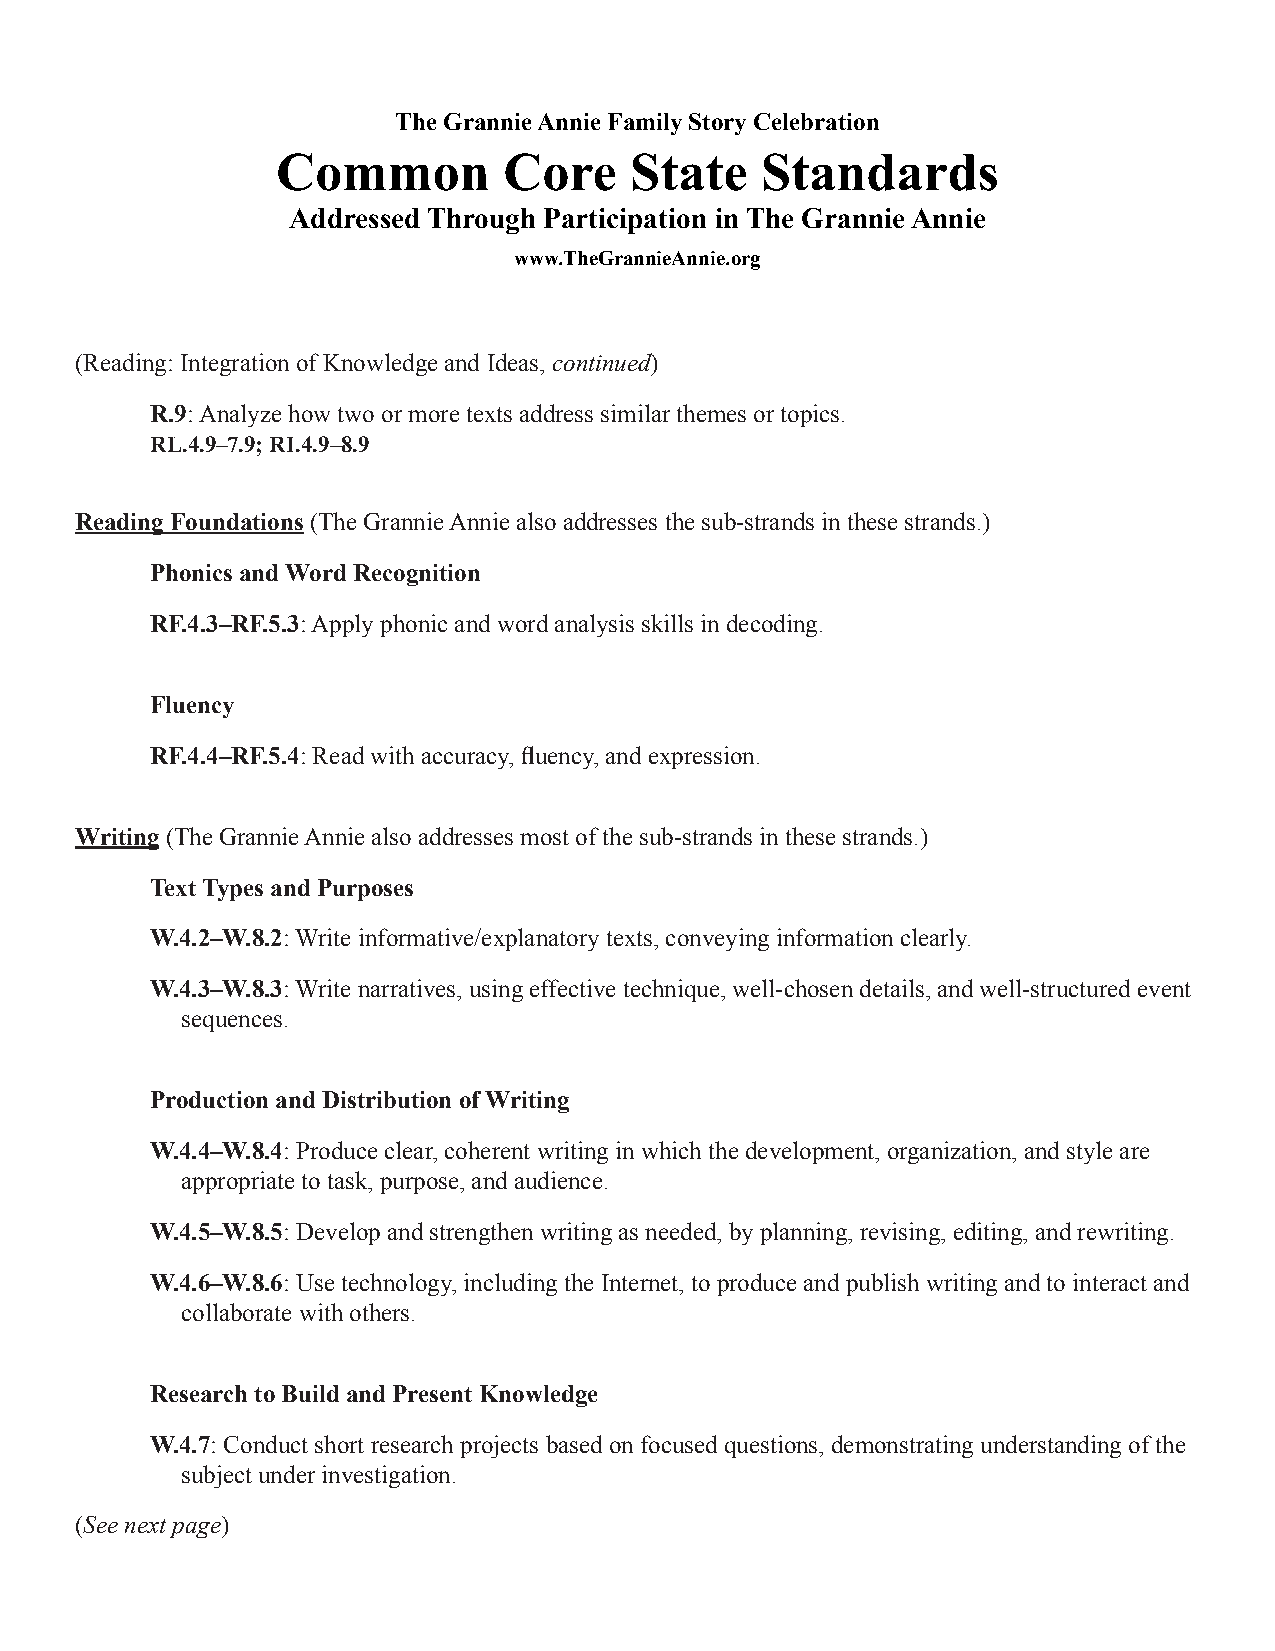
The Grannie Annie Family Story Celebration
 Common         Core     State   Standards
 Addressed Through Participation in The Grannie Annie
 www.TheGrannieAnnie.org
 (Reading: Integration of Knowledge and Ideas, continued)
 R.9: Analyze how two or more texts address similar themes or topics.
 RL.4.9–7.9; RI.4.9–8.9
 Reading Foundations (The Grannie Annie also addresses the sub-strands in these strands.)
 Phonics and Word Recognition
 RF.4.3–RF.5.3: Apply phonic and word analysis skills in decoding.
 Fluency
 RF.4.4–RF.5.4: Read with accuracy, fluency, and expression.
 Writing (The Grannie Annie also addresses most of the sub-strands in these strands.)
 Text Types and Purposes
 W.4.2–W.8.2: Write informative/explanatory texts, conveying information clearly.
 W.4.3–W.8.3: Write narratives, using effective technique, well-chosen details, and well-structured event
 sequences.
 Production and Distribution of Writing
 W.4.4–W.8.4: Produce clear, coherent writing in which the development, organization, and style are
 appropriate to task, purpose, and audience.
 W.4.5–W.8.5: Develop and strengthen writing as needed, by planning, revising, editing, and rewriting.
 W.4.6–W.8.6: Use technology, including the Internet, to produce and publish writing and to interact and
 collaborate with others.
 Research to Build and Present Knowledge
 W.4.7: Conduct short research projects based on focused questions, demonstrating understanding of the
 subject under investigation.
 (See next page)